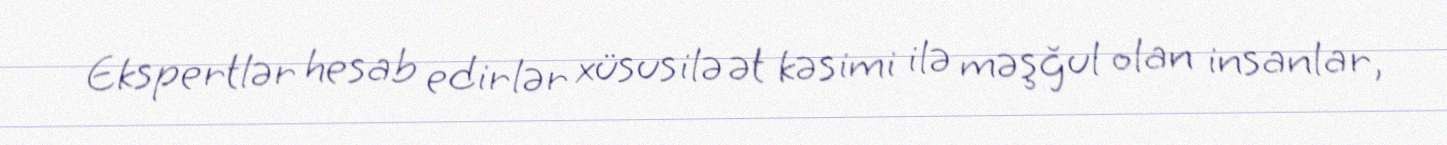
Ekspertlər hesab edirlər xüsusilə ət kəsimi ilə məşğul olan insanlar,